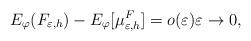
LaTeX: \begin{align*} E_\varphi(F_{\varepsilon,h}) - E_\varphi[\mu^F_{\varepsilon,h}] = o(\varepsilon) \varepsilon \to 0, \end{align*}